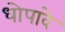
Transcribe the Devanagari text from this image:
धोपावे